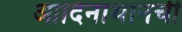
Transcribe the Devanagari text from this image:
आदिनाथानची